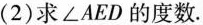
(2)求\angle AED的度数。